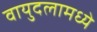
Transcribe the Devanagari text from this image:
वायुदलामध्ये